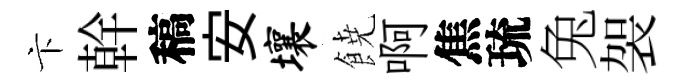
卞幹稿安壤𩜙啊焦琉兔袈